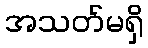
အသတ်မရှိ